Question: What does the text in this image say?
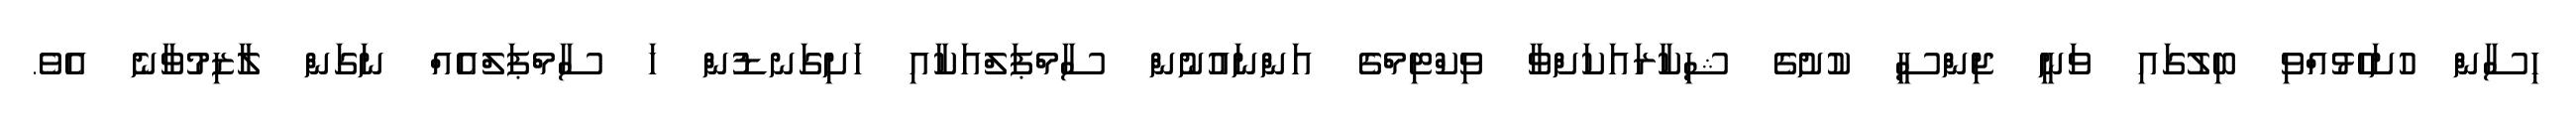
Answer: ހިސާން ހުށަހެޅުއްވި ބިލުގައި ވަނީ ޖިންސީ ކުށުގެ ޝިކާރައަކަށްވާ ވިކްޓިމްގެ އަންނައުނުން ސާމްޕަލްއަކާއި ހަށިގަނޑުން ހަ ސާމްޕަލްއެއް ނަގަން ލާޒިމުވާނެ އެވެ.